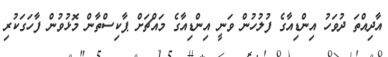
އާދިއްތަ ދުވަހު އިންޑިއާގެ ފުލުހުން ވަނީ އިންޑިއާގެ މައްޗަށް ޕާކިސްތާން މޮޅުވުން ފާހަގަކުރި